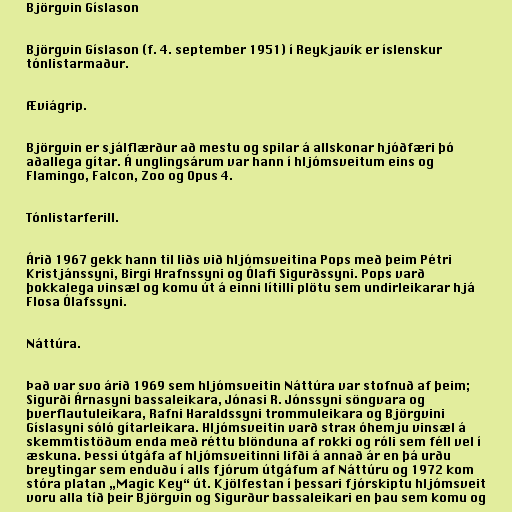
Björgvin Gíslason

Björgvin Gíslason (f. 4. september 1951) í Reykjavík er íslenskur
tónlistarmaður.

Æviágrip.

Björgvin er sjálflærður að mestu og spilar á allskonar hjóðfæri þó
aðallega gítar. Á unglingsárum var hann í hljómsveitum eins og
Flamingo, Falcon, Zoo og Opus 4.

Tónlistarferill.

Árið 1967 gekk hann til liðs við hljómsveitina Pops með þeim Pétri
Kristjánssyni, Birgi Hrafnssyni og Ólafi Sigurðssyni. Pops varð
þokkalega vinsæl og komu út á einni lítilli plötu sem undirleikarar hjá
Flosa Ólafssyni.

Náttúra.

Það var svo árið 1969 sem hljómsveitin Náttúra var stofnuð af þeim;
Sigurði Árnasyni bassaleikara, Jónasi R. Jónssyni söngvara og
þverflautuleikara, Rafni Haraldssyni trommuleikara og Björgvini
Gíslasyni sóló gítarleikara. Hljómsveitin varð strax óhemju vinsæl á
skemmtistöðum enda með réttu blönduna af rokki og róli sem féll vel í
æskuna. Þessi útgáfa af hljómsveitinni lifði á annað ár en þá urðu
breytingar sem enduðu í alls fjórum útgáfum af Náttúru og 1972 kom
stóra platan „Magic Key“ út. Kjölfestan í þessari fjórskiptu hljómsveit
voru alla tíð þeir Björgvin og Sigurður bassaleikari en þau sem komu og